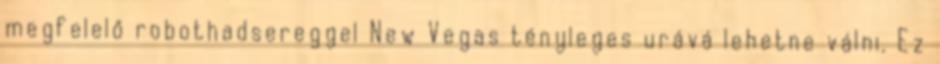
megfelelő robothadsereggel New Vegas tényleges urává lehetne válni. Ez